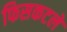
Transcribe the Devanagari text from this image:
फिसकटले